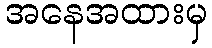
အနေအထားမှ